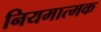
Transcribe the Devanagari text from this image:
नियमात्मक